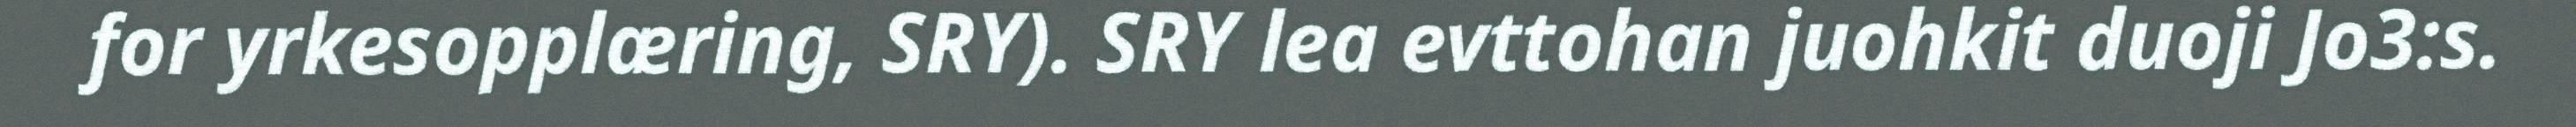
for yrkesopplæring, SRY). SRY lea evttohan juohkit duoji Jo3:s.